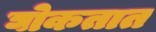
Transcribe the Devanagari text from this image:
घोकतात